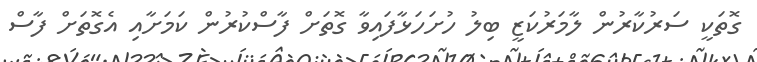
ގޮތަކީ ސަރުކާރުން ލާމަރުކަޒީ ބިލު ހުށަހަޅާފައިވާ ގޮތަށް ފާސްކުރުން ކަމަށާއި އެގޮތަށް ފާސް